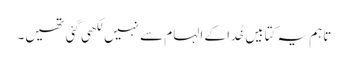
تاہم یہ کتابیں خُدا کے الہام سے نہیں لکھی گئی تھیں۔